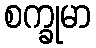
စက္ခုမာ